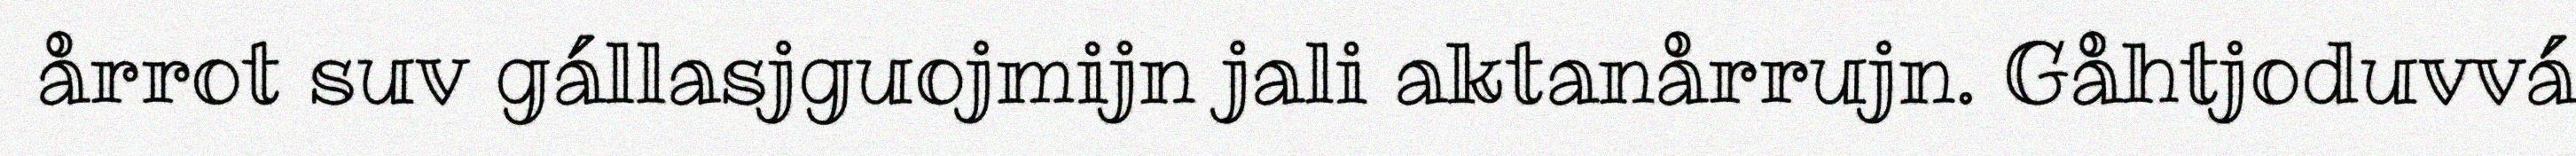
årrot suv gállasjguojmijn jali aktanårrujn. Gåhtjoduvvá